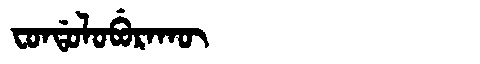
Manchu: ᠸᠣᠨᡩᠣᠯᠣᠪᡠᡵᠠᡴᡡ
Romanization: FONDOLOBURAKŪ